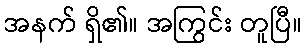
အနက် ရှိ၏။ အကြွင်း တူပြီ။